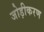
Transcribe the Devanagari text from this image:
जोड़ीकरण